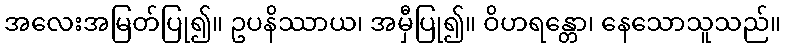
အလေးအမြတ်ပြု၍။ ဥပနိဿာယ၊ အမှီပြု၍။ ဝိဟရန္တော၊ နေသောသူသည်။